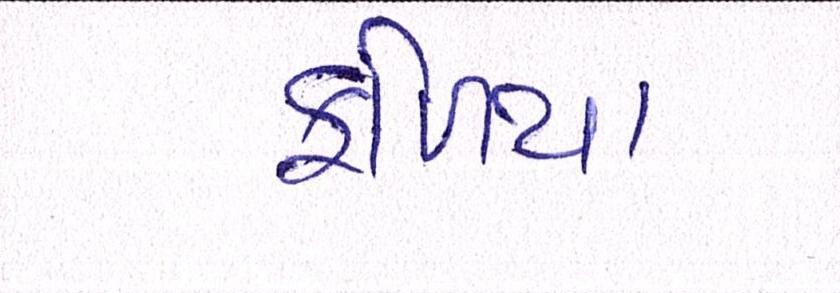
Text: ફળિયા